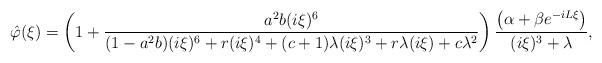
LaTeX: \begin{align*}\hat{\varphi}(\xi)& = \left( 1 + \frac{a^2b(i\xi)^6}{(1-a^2b)(i\xi)^6+r(i\xi)^4+(c+1)\lambda(i\xi)^3+r\lambda(i\xi)+c\lambda^2}\right)\frac{\left(\alpha+\beta e^{-iL\xi}\right)}{(i\xi)^3+\lambda},\end{align*}